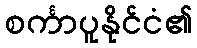
စင်္ကာပူနိုင်ငံ၏